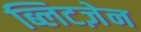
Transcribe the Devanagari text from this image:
ब्लिटज़ेन